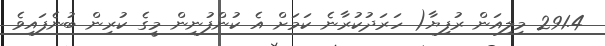
291.4 މިލިއަން ރުފިޔާ( ހަރަދުކުރާނެ ކަމަށް އެ ކުންފުނިން މީގެ ކުރިން ބުނެފައިވެ